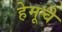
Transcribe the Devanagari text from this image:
हेमूचे